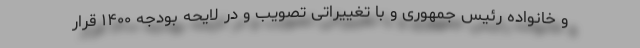
و خانواده رئیس جمهوری و با تغییراتی تصویب و در لایحه بودجه ۱۴۰۰ قرار